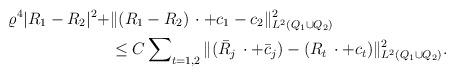
LaTeX: \begin{align*}\varrho^4|R_1 - R_2|^2 + &\Vert (R_1 - R_2)\,\cdot + c_1 - c_2\Vert^2_{L^2( Q_1 \cup Q_2)} \\&\le C\sum\nolimits_{t=1,2} \Vert (\bar{R}_{j}\, \cdot + \bar{c}_j) - (R_{t}\, \cdot + c_t)\Vert^2_{L^2(Q_1 \cup Q_2)}.\end{align*}